King Institute of Preventive Medicine Micro-Biological Section reports 1912-19
Year: 1912
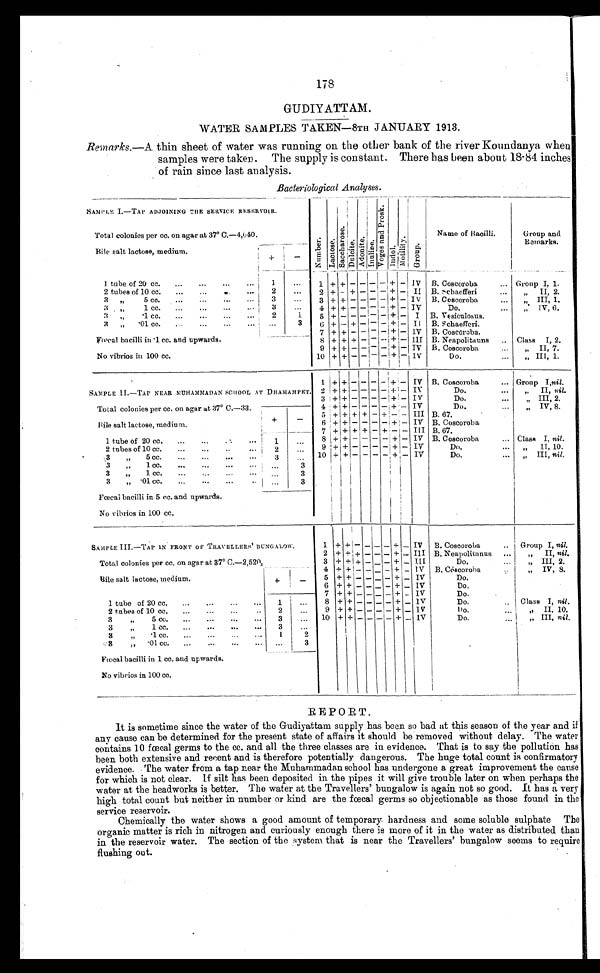
178
GUDIY ATTAM.
WATER SAMPLES TAKEN–8TH JANUARY 1913.
Remarks. —A thin sheet of water was running on the other bank of the river Koundanya when
samples were taken. The supply is constant. There has been about 18.84 inches
of rain since last analysis.
Bacteriological Analyses.
SAMPLE I.—TAP ADJOINING THE SERVICE RESERVOIR.
Nu mb e r . L a c t o a e .
S a c c h a r o s e . Dul oi t e .
Ad o n i t e . I n u l i n e . V o g e s a n d P r o s k .
Indol .
Mo d a l i t y .
Gr oup.
Name of Bacilli.
Group and
Remarks.
Total colonies per cc. on agar at 37° C.–4,640.
Bile salt lactose, medium.
+
-
1 tube of 20 cc.
... ...
...
...
1
...
1 + + -
- - - + - IV B. Coscoroba
... Group I, 1.
2 tubes of 10 cc
...
... ...
2
...
2 + - + - - - + - II B. sehaefferi
, , I I ,
2 .
3 ,, 5 cc.
... ... ...
3
...
3 + + - - -
-
+ - IV B. Coscoroba
... „ III, 1.
3 ,,
1 cc.
...
...
... ...
I 3
...
4 + + - - -
—
+ — IV
Do.
:IV, 6.
3„
. 1
c c .
. . .
. . .
. . .
. . .
...
2
1 5 + - - - - - + - I B. Vesiculosus.
3 „
. 0 1
c c .
. . .
. . .
. . . , ...
3
6 + - + - -
-
+ - I I B. Schaefferi.
7 + + - - - - + - IV B. CoscÕroba.
Fœcal bacilli in .1 cc. and upwards.
8 + + + - - - + - III B. Neapolitauns .. Class I, 2.
9 + + - - --- - + - IV B. Coscoroba
...
, , I I
7.
No vibrios in 100 cc.
10 + + - - - - + - IV
Do.
... „ III, 1.
1 + + - - -
- + - IV B. Coscoroba
... Group I,nil.
SAMPLE II.—TAP NEAR MUHAMMADAN SCHOOL AT DHAMAMPET. 2 + + - - - - + - IV
Do.
... „ II, nil.
3 + + - - - - + - IV
Do.
...
„ III, 2.
Total colonies per cc. on agar at :37° C.–33.
4 + + - - - - + - IV
Do.
...
„ IV, 8.
Bile salt lactose, medium.
+
_
5 + + + + - + + - III B.67.
6 + + - - - - + - IV B. Coscoroba
1 tube of 20 cc. ...
...
...
1
...
7 + + + + - -
+
- III B.67.
8 + + - - - - + - IV B. Coscoroba
... Class I, nil.
2 tubes of 10 cc. ...
...
..
2
. . . 9 + + - - - - + - IV
D.
... „ 11, 10.
.3 „ 5 cc. ...
...
...
3
. . . 10 + + - - - - + - IV
Do.
... „ III, nil.
3 , , 1 c c
. . .
3
3
, ,
1 c c .
. . .
. . .
. . .
. . .
3
3 „
. 0 1 c c .
. . .
. . .
. . .
. . . 3
Fœcal bacilli in 5 cc. and upwards.
No vibrios in 100 cc.
SAMPLE III.—TAP IN FRONT OF TRAVELLERS ' BUNGALOW.
1 + +
- - —- - + - IV B. Coscoroba
.. Group I, nil.
Total colonies per cc. on agar at 37° C.–2,520.
2 + +
+ - - - + . III B. Neapolitanus ...
, , I I ,
n i l
.
3 + + + - _ - + _ III
Do.
„ III, 2.
4 + + - - - - + - IV B. Coscoroba ...
,, IV, 8.
Bile salt lactose, medium.
+ -
5 + + - - - - + - IV
Do.
6 + + - - - - + - IV
Do.
1 tube of 20 cc. ...
...
...
...
1
...
7 + + - - _ - + _ IV
Do.
8 + + - -
- - + - 1V
Do.
.. Class I, nil.
2 tubes of 10 cc. ... ...
...
..
2
...
9 + + -
- - - + _ 1V
Do. ...,,
II, 10.
3
„
5 cc. ... ... ... ...
3
...
10 + + - - - - + _ IV
Do.
III, nil.
3
„
1 cc. ...
...
... ...
3
...
3
„
. 1 c c .
. . .
. . .
1
2
3 , , . 0 1 c c .
. . .
... ... ...
...
3
Fœcal bacilli in 1 cc. and upwards.
No vibrios in 100 cc.
REPORT.
It is sometime since the water of the Gudiyattam supply has been so bad at this season of the year and if
any cause can be determined for the present state of affairs it should be removed without delay. The water
contains 10 fœcal germs to the cc. and all the three classes are in evidence. That is to say the pollution has
been both extensive and recent and is therefore potentially dangerous. The huge total count is confirmatory
evidence. The water from a tap near the Muhammadan school has undergone a great improvement the cause
for which is not clear. If silt has been deposited in the pipes it will give trouble later on when perhaps the
water at the headworks is better. The water at the Travellers' bungalow is again not so good. It has a very
high total count but neither in number or kind are the fœcal germs so objectionable as those found in the
service reservoir.
Chemically the water shows a good amount of temporary. hardness and some soluble sulphate The
organic matter is rich in nitrogen and curiously enough there is more of it in the water as distributed than
in the reservoir water. The section of the system that is near the Travellers' bungalow seems to require
flushing out.